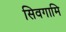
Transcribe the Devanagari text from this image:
सिवगामि